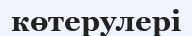
көтерулері